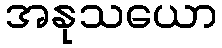
အနုသယော